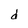
Character: d